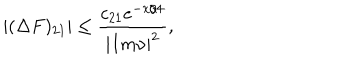
| ( \Delta F ) _ { 2 1 } | \leq \frac { c _ { 2 1 } e ^ { - x / 4 } } { | I m \nu | ^ { 2 } } ,